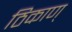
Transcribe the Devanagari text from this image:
ठिकाण्